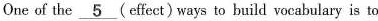
One of the \underline{5} (effect) ways to build vocabulary is to